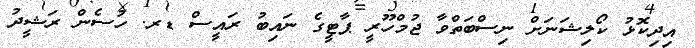
އިދިކޮޅު ކޯލިޝަނަށް ނިސްބަތްވާ ޖުމްހޫރީ ޕާޓީގެ ނައިބު ރައީސް ޑރ. ހުސެން ރަޝީދު